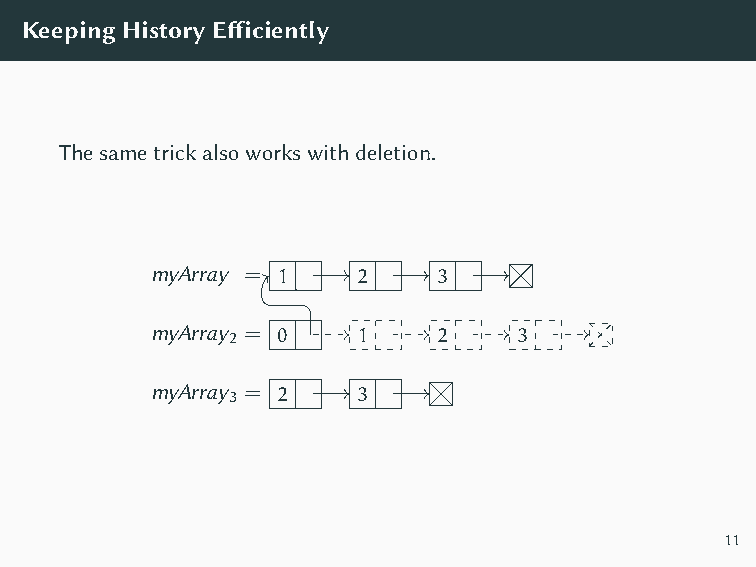
myArray2 = 0  1    2    3
 myArray3 = 2  3
 KeepingHistoryEfficiently
 Thesametrickalsoworkswithdeletion.
 myArray = 1   2    3
 myArray2 = 0  1    2    3
 myArray3 = 2  3
 11